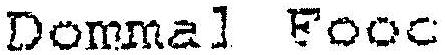
DOMMAL FOOD